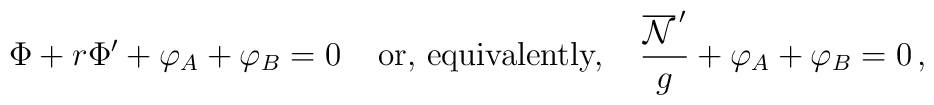
{\Phi}+r{\Phi}^{\prime}+{\varphi}_A+{\varphi}_B=0\;\;\;\;\mbox{or, equivalently,}\;\;\;\;\frac{\overline{\cal{N}}^{\,\prime}}{g}+{\varphi}_A+{\varphi}_B=0\,,